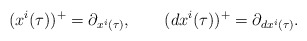
\begin{align*}(x^i(\tau))^+=\partial_{x^i(\tau)},\qquad (dx^i(\tau))^+=\partial_{dx^i(\tau)}.\end{align*}